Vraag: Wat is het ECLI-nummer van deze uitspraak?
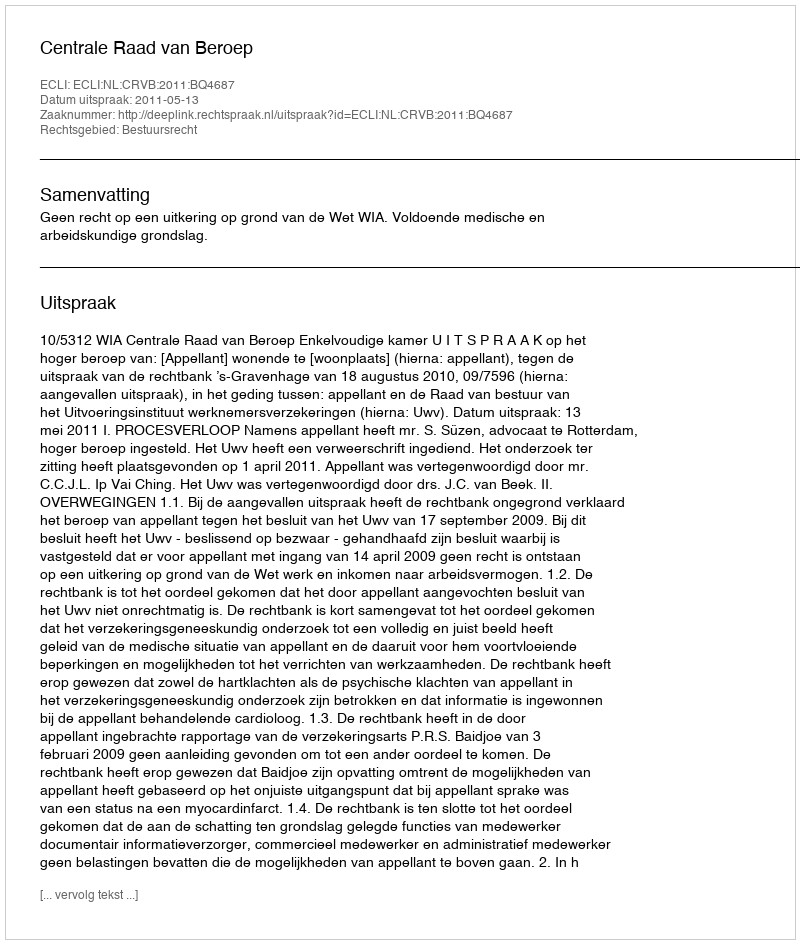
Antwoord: ECLI:NL:CRVB:2011:BQ4687